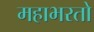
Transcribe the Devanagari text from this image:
महाभरतो